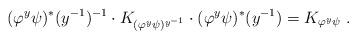
LaTeX: \begin{align*}(\varphi^y\psi)^\ast(y^{-1})^{-1}\cdot K_{(\varphi^y\psi)^{y^{-1}}}\cdot (\varphi^y\psi)^\ast(y^{-1})= K_{\varphi^y\psi}\ .\end{align*}